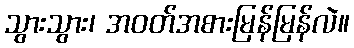
သွားသွား၊ အဝတ်အစားမြန်မြန်လဲ။